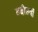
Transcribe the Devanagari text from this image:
छब्बीसवाँ